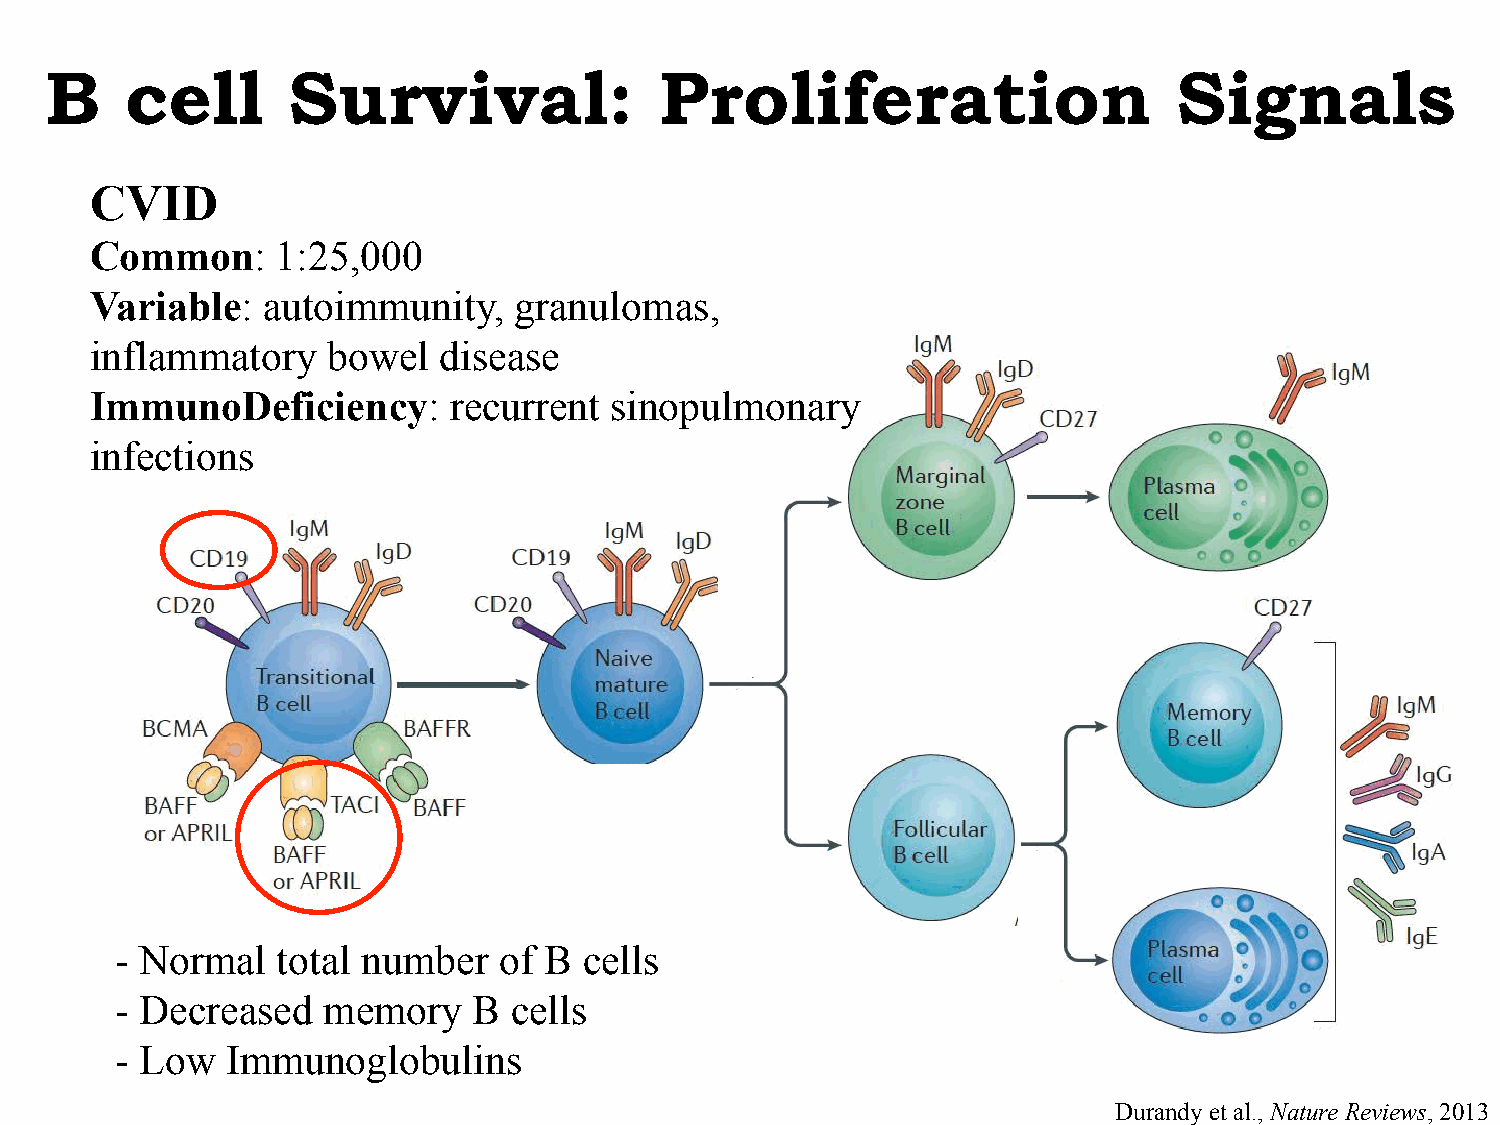
B    cell       Survival:                Proliferation                     Signals
 CVID
 Common:     1:25,000
 Variable:  autoimmunity,    granulomas,
 inflammatory    bowel  disease
 ImmunoDeficiency:       recurrent sinopulmonary
 infections
 - Normal  total number   of B  cells
 - Decreased  memory    B  cells
 - Low  Immunoglobulins
 Durandy et al., Nature Reviews, 2013